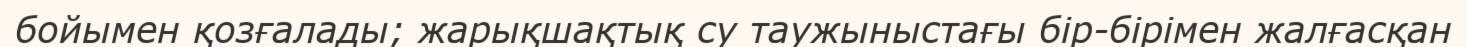
бойымен қозғалады; жарықшақтық су таужыныстағы бір-бірімен жалғасқан